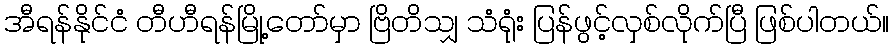
အီရန်နိုင်ငံ တီဟီရန်မြို့တော်မှာ ဗြိတိသျှ သံရုံး ပြန်ဖွင့်လှစ်လိုက်ပြီ ဖြစ်ပါတယ်။